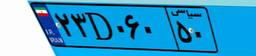
۷۰D۹۵۸۱۸